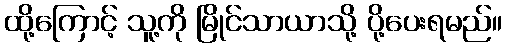
ထို့ကြောင့် သူ့ကို မြိုင်သာယာသို့ ပို့ပေးရမည်။